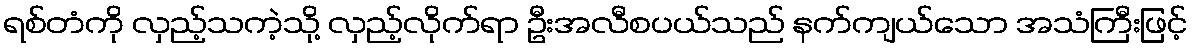
ရစ်တံကို လှည့်သကဲ့သို့ လှည့်လိုက်ရာ ဦးအလီစပယ်သည် နက်ကျယ်သော အသံကြီးဖြင့်